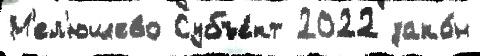
М'ел'юшево Субъе́кт 2022 зако́н